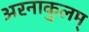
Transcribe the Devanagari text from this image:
अरनाकुलम्‌